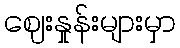
ဈေးနှုန်းများမှာ